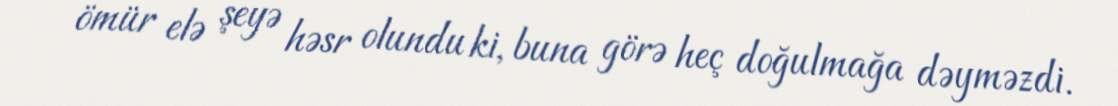
ömür elə şeyə həsr olundu ki, buna görə heç doğulmağa dəyməzdi.